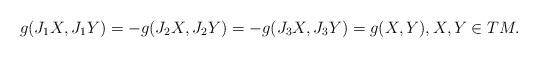
LaTeX: \begin{align*}g(J_1X,J_1Y)=-g(J_2X,J_2Y)=-g(J_3X,J_3Y)=g(X,Y), X, Y \in TM.\end{align*}